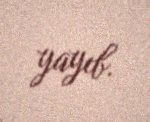
yayıb.